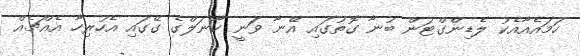
ހަމައެއާއެކު ލެޑިންގްޓަން ބުނާ ގޮތުގައި އޭނާ ވަނީ ކާނަލްގެ ގޭގައި އެހުރިހާ އެއްޗެއް